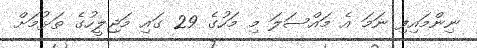
ނިންމައިފި ނަމަ އެ މައްސަލަ މި މަހުގެ 29 ގައި މަޖިލީހުގެ ތަޅުމަށް